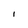
Character: l